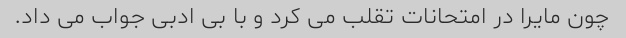
چون مایرا در امتحانات تقلب می کرد و با بی ادبی جواب می داد.